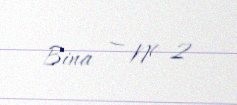
Bina — № 2